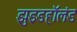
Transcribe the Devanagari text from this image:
झुइडहॉलंड